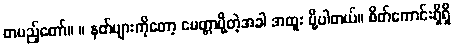
တပည့်တော်။ ။ နတ်များကိုတော့ မေတ္တာပို့တဲ့အခါ အထူး ပို့ပါတယ်။ စိတ်ကောင်းရှိရှိ